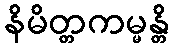
နိမိတ္တကမ္မန္တိ